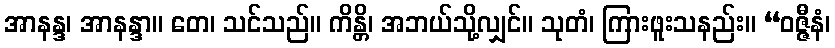
အာနန္ဒ၊ အာနန္ဒာ။ တေ၊ သင်သည်။ ကိန္တိ၊ အဘယ်သို့လျှင်။ သုတံ၊ ကြားဖူးသနည်း။ “ဝဇ္ဇီနံ၊